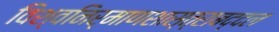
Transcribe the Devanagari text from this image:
विश्वनिर्माणशास्त्राबद्दल